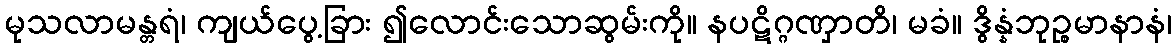
မုသလာမန္တရံ၊ ကျယ်ပွေ့ခြား ၍လောင်းသောဆွမ်းကို။ နပဋိဂ္ဂဏှာတိ၊ မခံ။ ဒွိန္နံဘုဉ္စမာနာနံ၊